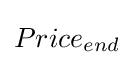
Price_{end}